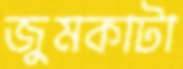
জুমকাটা